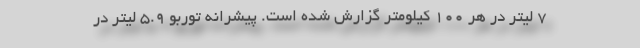
7 لیتر در هر 100 کیلومتر گزارش شده است. پیشرانه توربو 5.9 لیتر در